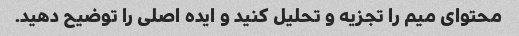
محتوای میم را تجزیه و تحلیل کنید و ایده اصلی را توضیح دهید.